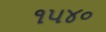
૧૫૪૦